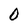
Character: 0